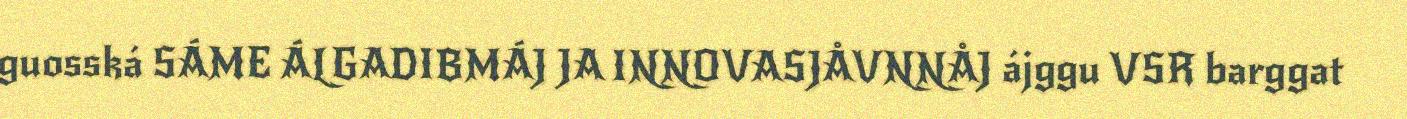
guosská SÁME ÁLGADIBMÁJ JA INNOVASJÅVNNÅJ ájggu VSR barggat